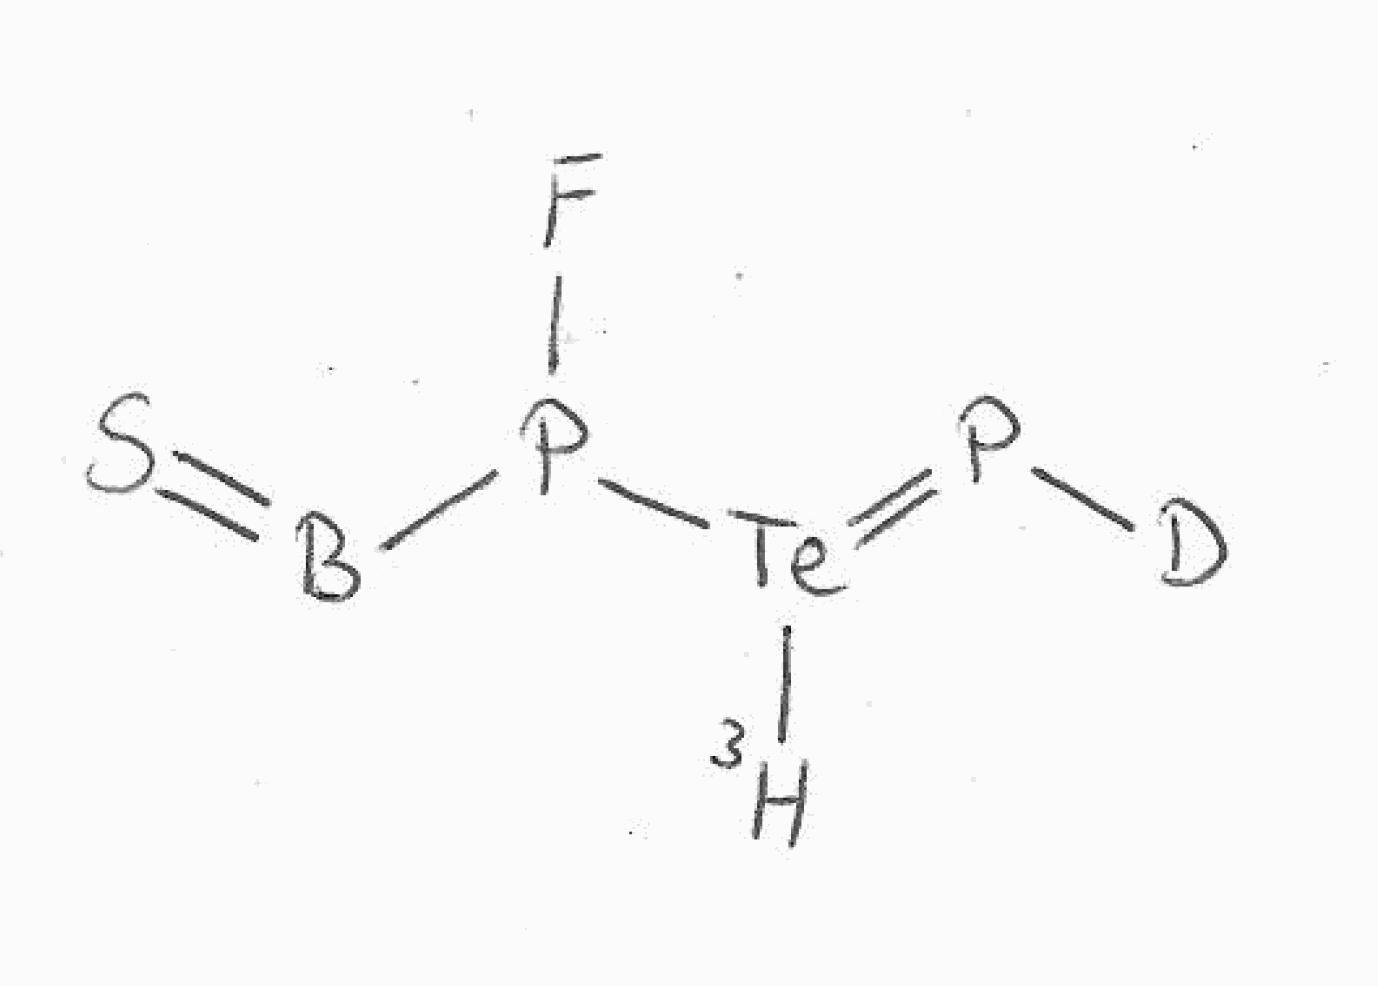
Simplified molecular-input line-entry system (SMILES) notation of the given molecule:
[2H]P=[Te]([3H])P(B=S)F